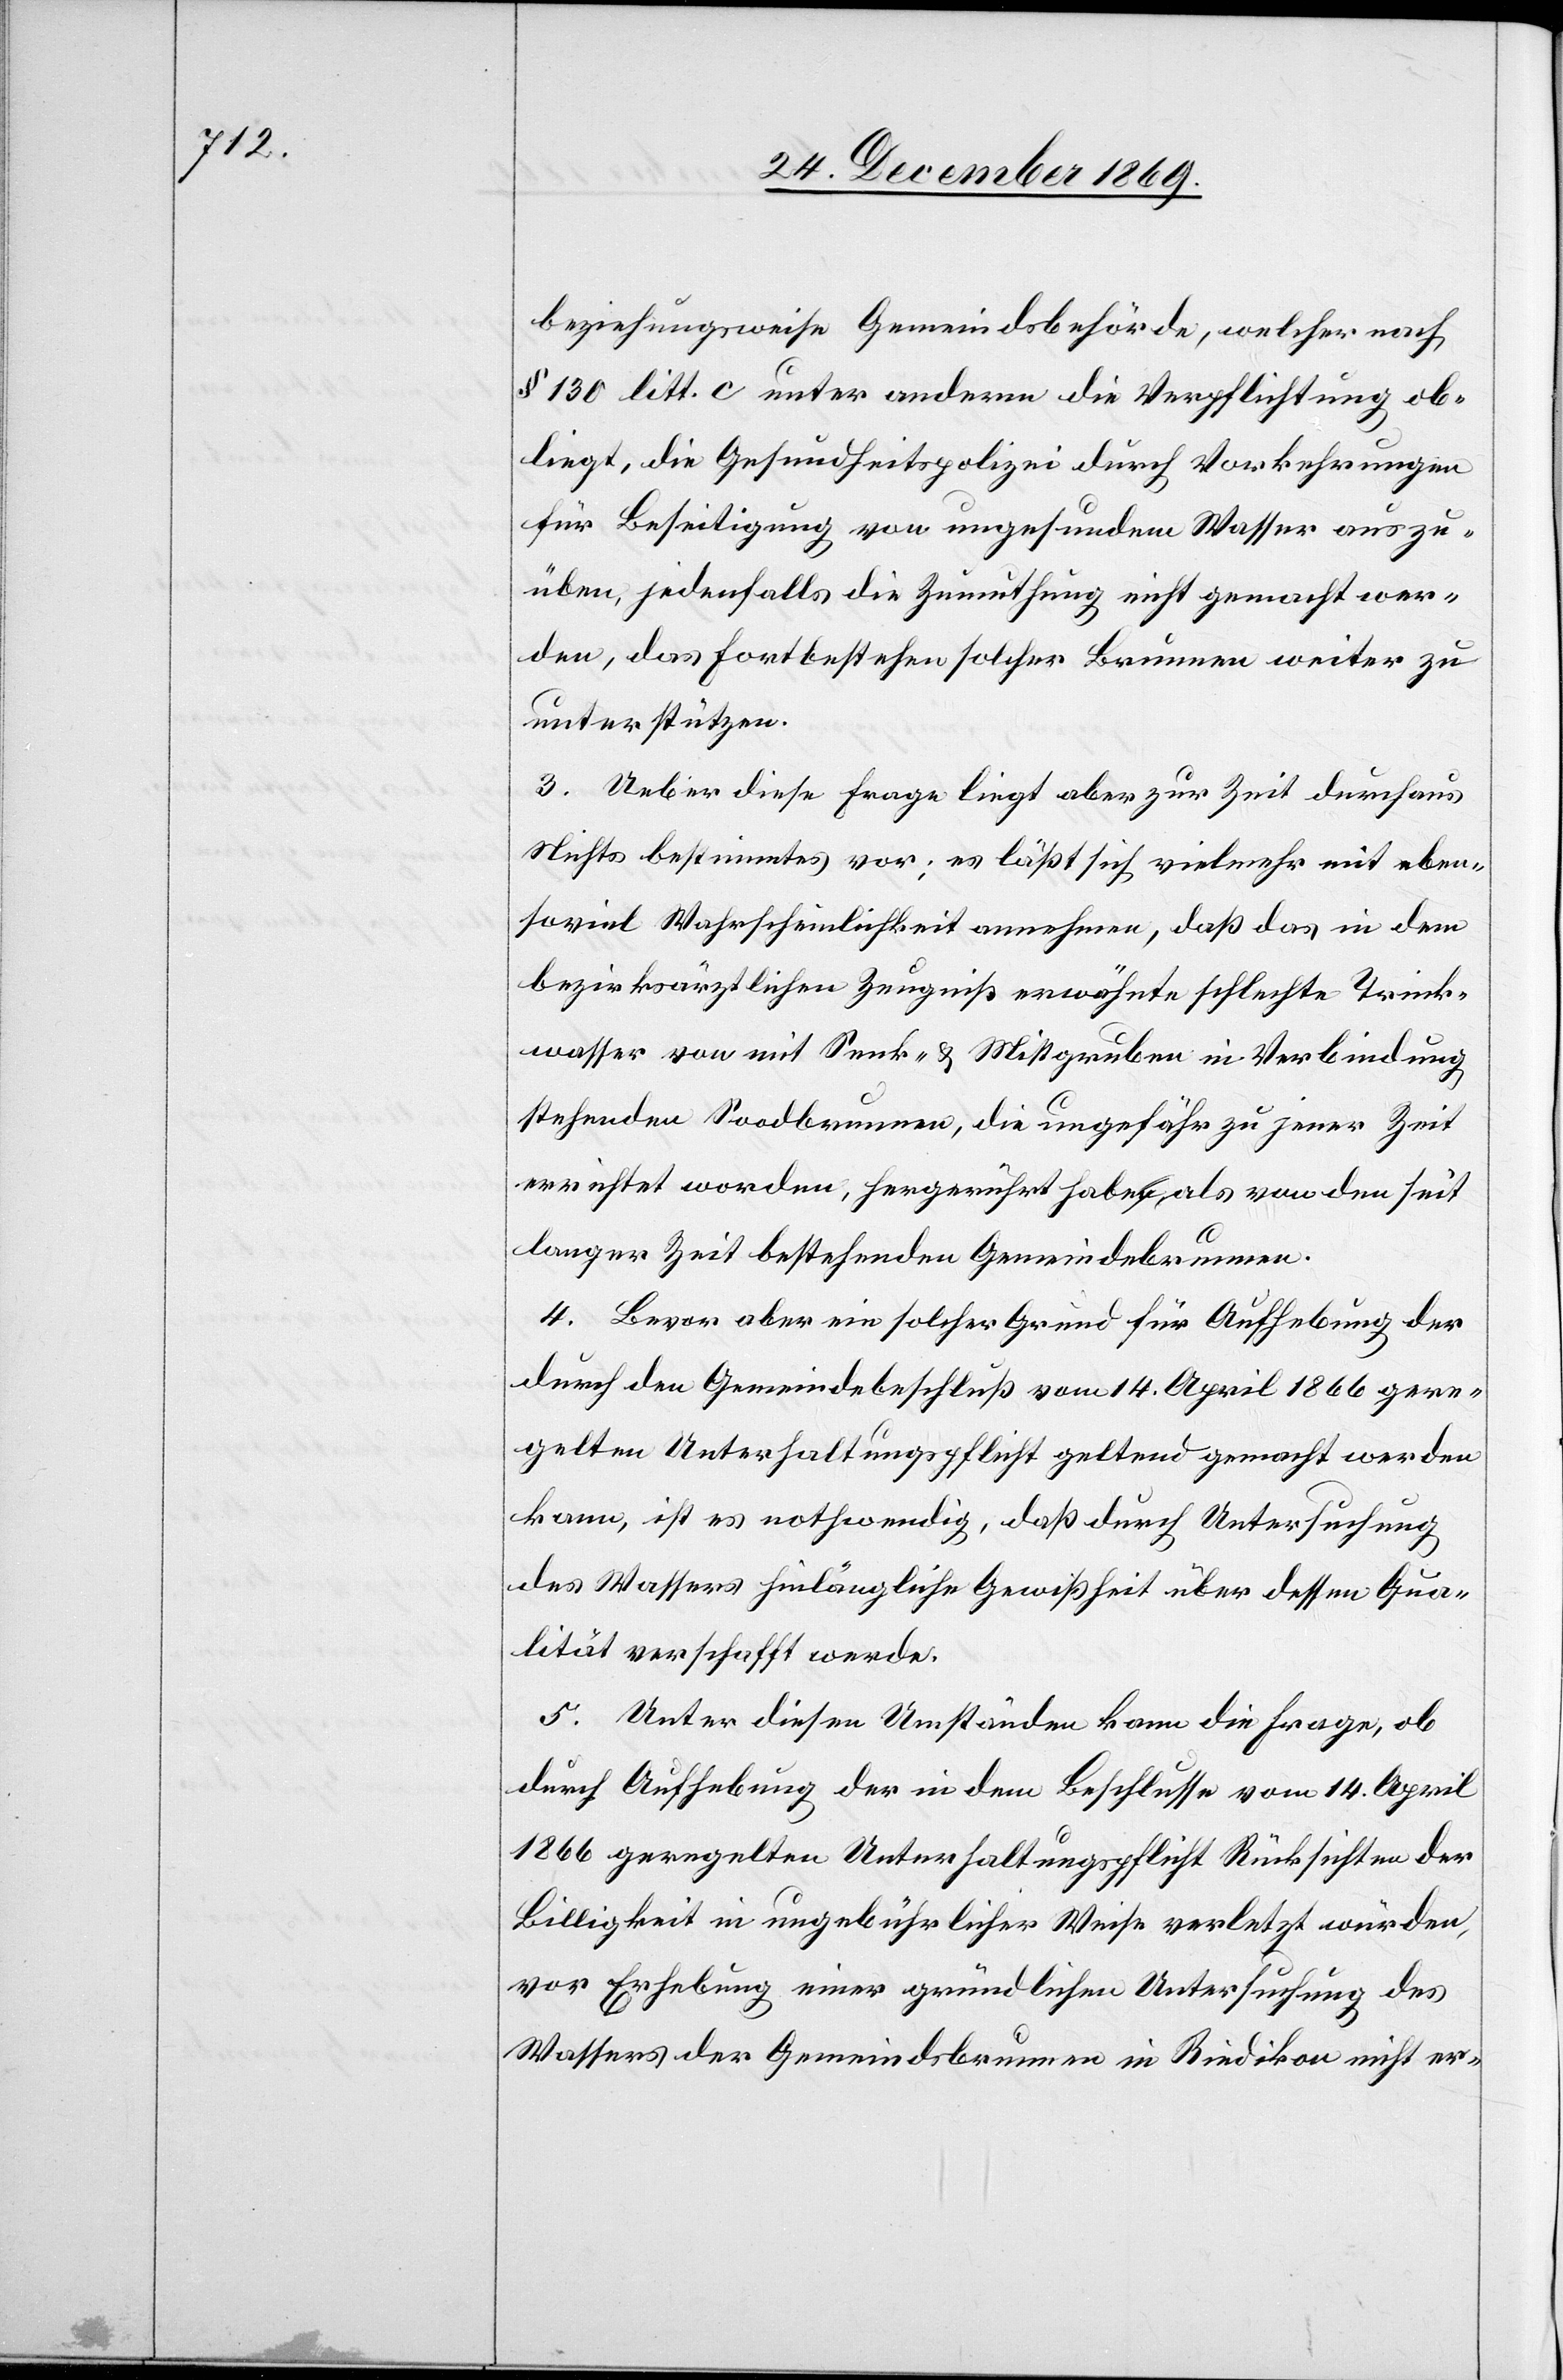
beziehungsweise Gemeindsbehörde, welcher nach
§ 130 litt. c unter anderm die Verpflichtung ob¬
liegt, die Gesundheitspolizei durch Vorkehrungen
für Beseitigung von ungesundem Wasser auszu¬
üben, jedenfalls die Zumuthung nicht gemacht wer¬
den, das Fortbestehen solcher Brunnen weiter zu
unterstützen.
3. Ueber diese Frage liegt aber zur Zeit durchaus
Nichts bestimmtes vor; es läßt sich vielmehr mit eben¬
soviel Wahrscheinlichkeit annehmen, daß das in dem
bezirksärztlichen Zeugniß erwähnte schlechte Trink¬
wasser von mit Senk- & Mistgruben in Verbindung
stehenden Soodbrunnen, die ungefähr zu jener Zeit
errichtet worden, hergerührt habe, als von den seit
langer Zeit bestehenden Gemeindebrunnen.
4. Bevor aber ein solcher Grund für Aufhebung der
durch den Gemeindebeschluß vom 14. April 1866 gere¬
gelten Unterhaltungspflicht geltend gemacht werden
kann, ist es nothwendig, daß durch Untersuchung
des Wassers hinlängliche Gewißheit über dessen Qua¬
lität verschafft werde.
5. Unter diesen Umständen kann die Frage, ob
durch Aufhebung der in dem Beschlusse vom 14. April
1866 geregelten Unterhaltungspflicht Rücksichten der
Billigkeit in ungebührlicher Weise verletzt würden,
vor Erhebung einer gründlichen Untersuchung des
Wassers der Gemeindsbrunnen in Riedikon nicht er-